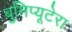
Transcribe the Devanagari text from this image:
बुमिप्यूटेरा